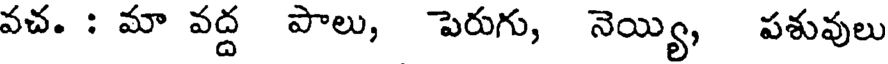
వచ. : మా వద్ద పాలు, పెరుగు, నెయ్యి, పశువులు